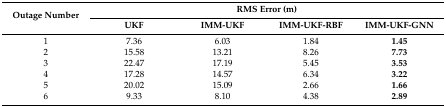
<table><thead><tr><td rowspan="2"><b>Outage Number</b></td><td colspan="4"><b>RMS Error (m)</b></td></tr><tr><td><b>UKF</b></td><td><b>IMM-UKF</b></td><td><b>IMM-UKF-RBF</b></td><td><b>IMM-UKF-GNN</b></td></tr></thead><tbody><tr><td>1</td><td>7.36</td><td>6.03</td><td>1.84</td><td><b>1.45</b></td></tr><tr><td>2</td><td>15.58</td><td>13.21</td><td>8.26</td><td><b>7.73</b></td></tr><tr><td>3</td><td>22.47</td><td>17.19</td><td>5.45</td><td><b>3.53</b></td></tr><tr><td>4</td><td>17.28</td><td>14.57</td><td>6.34</td><td><b>3.22</b></td></tr><tr><td>5</td><td>20.02</td><td>15.09</td><td>2.66</td><td><b>1.66</b></td></tr><tr><td>6</td><td>9.33</td><td>8.10</td><td>4.38</td><td><b>2.89</b></td></tr></tbody></table>